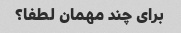
برای چند مهمان لطفا؟